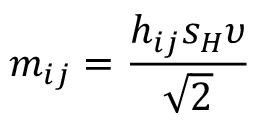
m _ { i j } = \frac { h _ { i j } s _ { H } \upsilon } { \sqrt { 2 } }